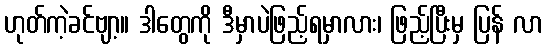
ဟုတ်ကဲ့ခင်ဗျာ့။ ဒါတွေကို ဒီမှာပဲဖြည့်ရမှာလား၊ ဖြည့်ပြီးမှ ပြန် လာ